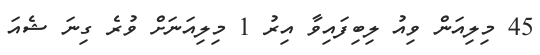
45 މިލިއަން ވިއު ލިބިފައިވާ އިރު 1 މިލިއަނަށް ވުރެ ގިނަ ޝެއަ